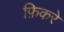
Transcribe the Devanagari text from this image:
फ़िकरे